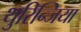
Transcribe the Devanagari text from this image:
थुरिन्जिया